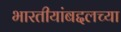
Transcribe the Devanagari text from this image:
भारतीयांबद्दलच्या